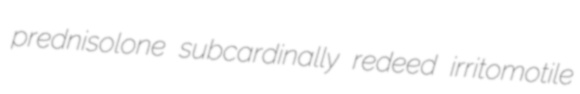
prednisolone subcardinally redeed irritomotile